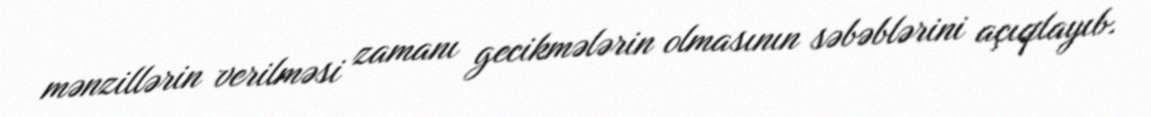
mənzillərin verilməsi zamanı gecikmələrin olmasının səbəblərini açıqlayıb.